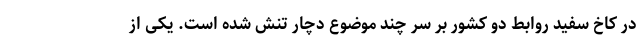
در کاخ سفید روابط دو کشور بر سر چند موضوع دچار تنش شده است. یکی از